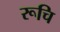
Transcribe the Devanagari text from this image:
रूचि